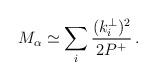
LaTeX: \begin{align*}M_\alpha \simeq \sum_i \frac{(k^\perp_i)^2}{2P^+}\,.\end{align*}